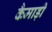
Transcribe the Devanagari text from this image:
कैमाड़ी